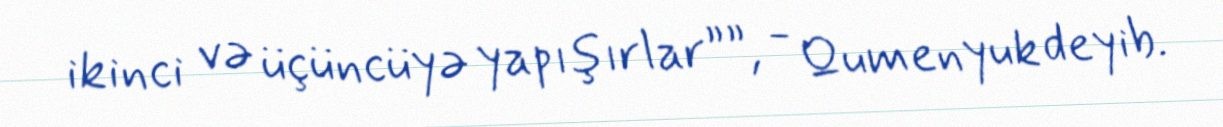
ikinci və üçüncüyə yapışırlar””, - Qumenyuk deyib.